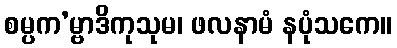
စမ္ပက’မ္ဗာဒိကုသုမ၊ ဖလနာမံ နပုံသကေ။